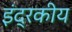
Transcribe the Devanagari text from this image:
इंद्रकीय